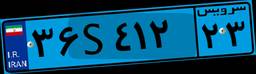
۳۶S۴۱۲۲۳